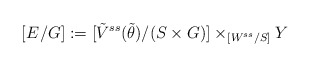
\begin{align*} [E^{}/G]:=[\tilde{V}^{ss}(\tilde{\theta})/(S\times G)]\times_{[W^{ss}/S]}Y\end{align*}